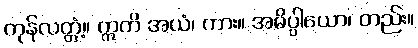
ကုန်လတ္တံ့။ ဣတိ အယံ၊ ကား။ အဓိပ္ပါယော၊ တည်း။